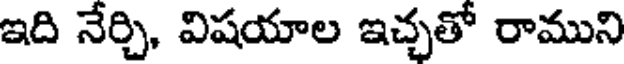
ఇది నేర్చి, విషయాల ఇచ్చతో రాముని